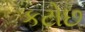
કટોછ